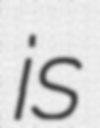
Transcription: is